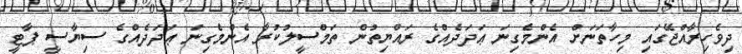
ދިވެހިރާއްޖޭގައި މިހާތަނަށް އެންމެގިނަ ޢަދަދެއްގެ ރައްޔިތުން ތަމްސީލުކުރާ އެންމެގިނަ ޢަދަދެއްގެ ސިޔާސީ ޕާޓީ